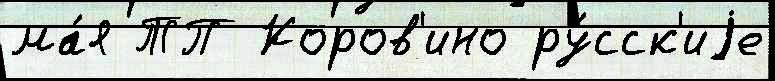
ма́я ТП Коров'ино ру́сск'иjе